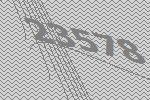
23578